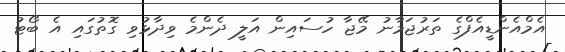
އެމްއެންޑީއެފްގެ ތަރުޖަމާނު މޭޖާ ހުސައިން އަލީ ދެންމެ ވިދާޅުވި ގޮތުގައި އެ ބޯޓު